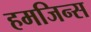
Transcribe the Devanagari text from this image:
हमजिन्स